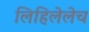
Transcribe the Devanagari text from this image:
लिहिलेलेच